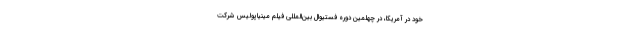
خود در آمریکا، در چهلمین دوره فستیوال بین‌المللی فیلم مینیاپولیس شرکت